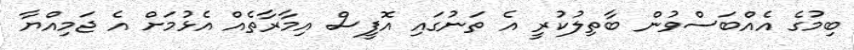
ބިމުގެ އެއްބަސްވުން ބާތިލުކުރީ އެ ތަނުގައި އޮފީސް އިމާރާތެއް އެޅުމަށް އެ ޖަމިއްޔާ